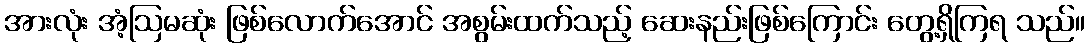
အားလုံး အံ့ဩမဆုံး ဖြစ်လောက်အောင် အစွမ်းထက်သည့် ဆေးနည်းဖြစ်ကြောင်း တွေ့ရှိကြရ သည်။